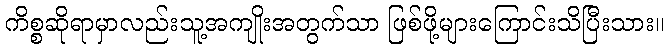
ကိစ္စဆိုရာမှာလည်းသူ့အကျိုးအတွက်သာ ဖြစ်ဖို့များကြောင်းသိပြီးသား။